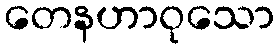
တေနဟာဝုသော